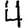
Digit: 4